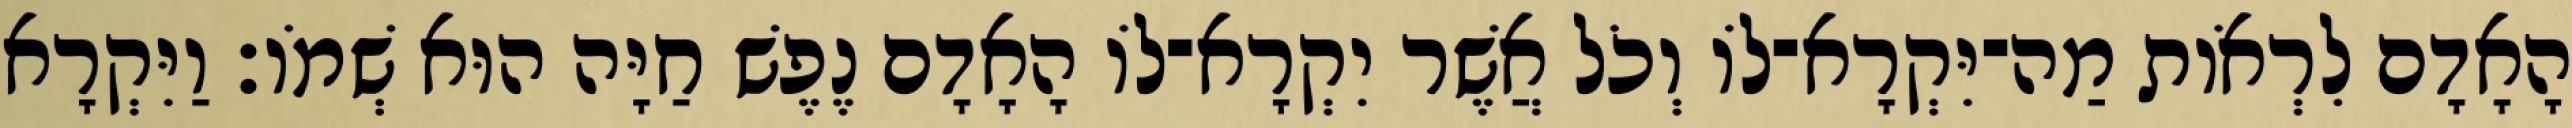
הָאָדָם לִרְאֹות מַה־יִּקְרָא־לֹו וְכֹל אֲשֶׁר יִקְרָא־לֹו הָאָדָם נֶפֶשׁ חַיָּה הוּא שְׁמֹו׃ וַיִּקְרָא